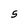
Character: 5